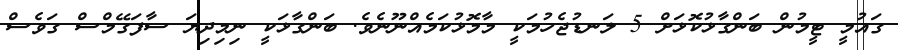
ގައުމީ ޓީމުން ބަންގާޅުކޮޅަށް 5 ލަނޑުޖެހުމަކީ މާމޮޅުކަމެއްނޫނެެވެ. ބަންގާޅަކީ ނިމިދިޔަ ސާފަގޭމްސް ގަވެސް